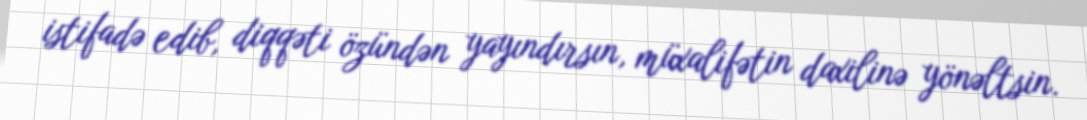
istifadə edib, diqqəti özündən yayındırsın, müxalifətin daxilinə yönəltsin.